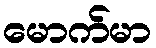
မောက်မာ